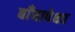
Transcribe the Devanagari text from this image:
बाँबापेक्षा